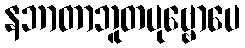
နဘာတာဘူတပုဗ္ဗောပေ